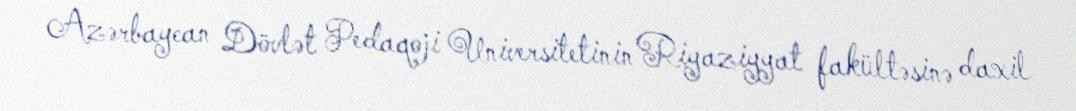
Azərbaycan Dövlət Pedaqoji Universitetinin Riyaziyyat fakültəsinə daxil